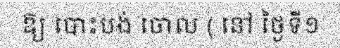
ឱ្យ បោះបង់ ចោល ( នៅ ថ្ងៃទី១